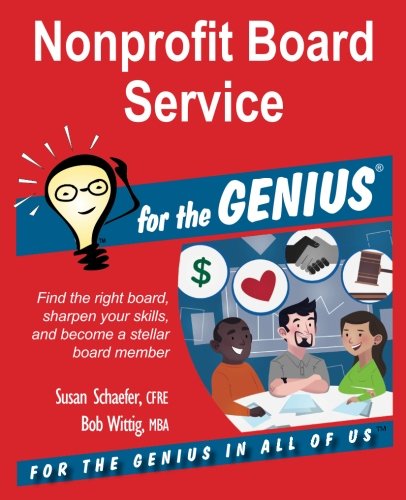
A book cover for Nonprofit Board Service for the GENIUS; Susan Schaefer; Business & Money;